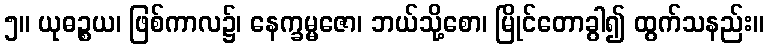
၅။ ယုဓဉ္စယ၊ ဖြစ်ကာလ၌၊ နေက္ခမ္မဇော၊ ဘယ်သို့စော၊ မြိုင်တောခွါ၍ ထွက်သနည်း။